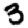
Digit: 3